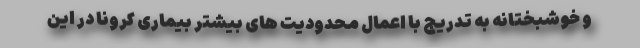
و خوشبختانه به تدریج با اعمال محدودیت های بیشتر بیماری کرونا در این